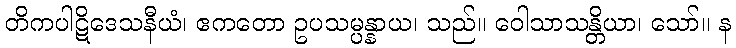
တိကပါဋိဒေသနီယံ၊ ဧကတော ဥပသမ္ပန္နာယ၊ သည်။ ဝေါသာသန္တိယာ၊ သော်။ န